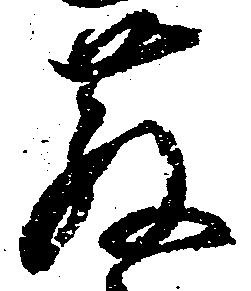
散